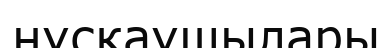
нұскаушылары